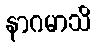
နာဂမာသိ